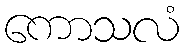
ကောသလံ